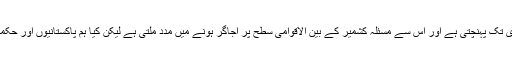
یہ درست ہے کہ یوم یکجہتی کشمیر منانے سے کشمیریوں کی آواز عالمی برادری تک پہنچتی ہے اور اس سے مسئلہ کشمیر کے بین الاقوامی سطح پر اجاگر ہونے میں مدد ملتی ہے لیکن کیا ہم پاکستانیوں اور حکمرانوں کی طرف سے اتنا ہی کردینے سے کشمیر کاز کو کوئی تقویت پہنچ سکتی۔